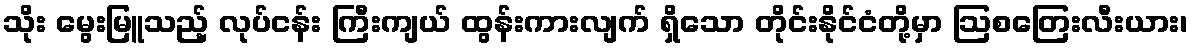
သိုး မွေးမြူသည့် လုပ်ငန်း ကြီးကျယ် ထွန်းကားလျက် ရှိသော တိုင်းနိုင်ငံတို့မှာ ဩစတြေးလီးယား၊